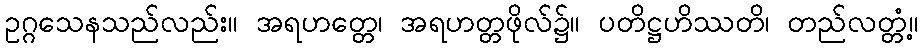
ဥဂ္ဂသေနသည်လည်း။ အရဟတ္တေ၊ အရဟတ္တဖိုလ်၌။ ပတိဋ္ဌဟိဿတိ၊ တည်လတ္တံ့။